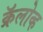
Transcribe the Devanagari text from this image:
क्रॅलोव्ह